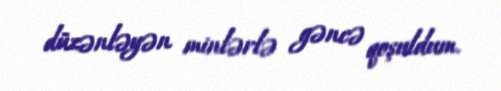
düzənləyən minlərlə gəncə qoşuldum.